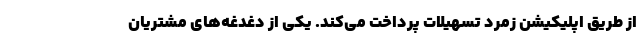
از طریق اپلیکیشن زمرد تسهیلات پرداخت می‌کند. یکی از دغدغه‌های مشتریان